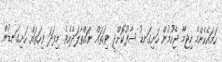
ހަމައެހެންމެ ހިޖާމާ ޖެހުމުން ހަށިގަނޑު ސާފުކޮށްދީ ވިހަތައް ނައްތާލަދެއެވެ. މިފަދަ ވިހަތައް ހަށިގަނޑުން